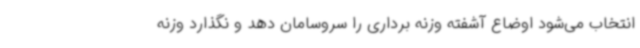
انتخاب می‌شود اوضاع آشفته وزنه برداری را سروسامان دهد و نگذارد وزنه